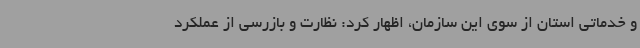
و خدماتی استان از سوی این سازمان، اظهار کرد: نظارت و بازرسی از عملکرد